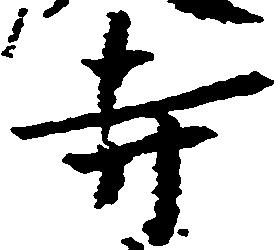
寺